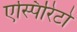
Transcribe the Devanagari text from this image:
एस्पिरिटो